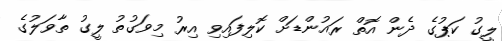
ލީގު ކަޕުގެ ދެން އޮތް ރައުންޑަށް ކޮލިފައިވި އިރު މިވަގުތު ލީގު ތާވަލުގެ